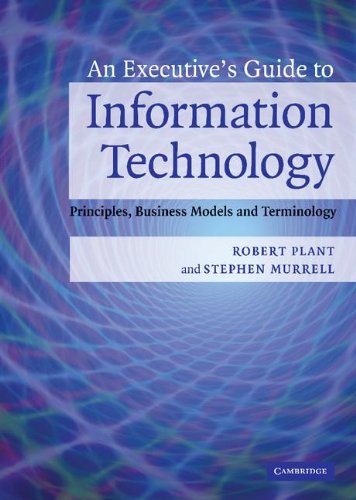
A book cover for An Executive's Guide to Information Technology: Principles, Business Models, and Terminology; Robert Plant; Reference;